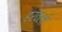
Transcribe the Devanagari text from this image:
हरवलो